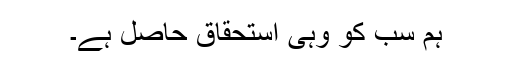
ہم سب کو وہی استحقاق حاصل ہے۔